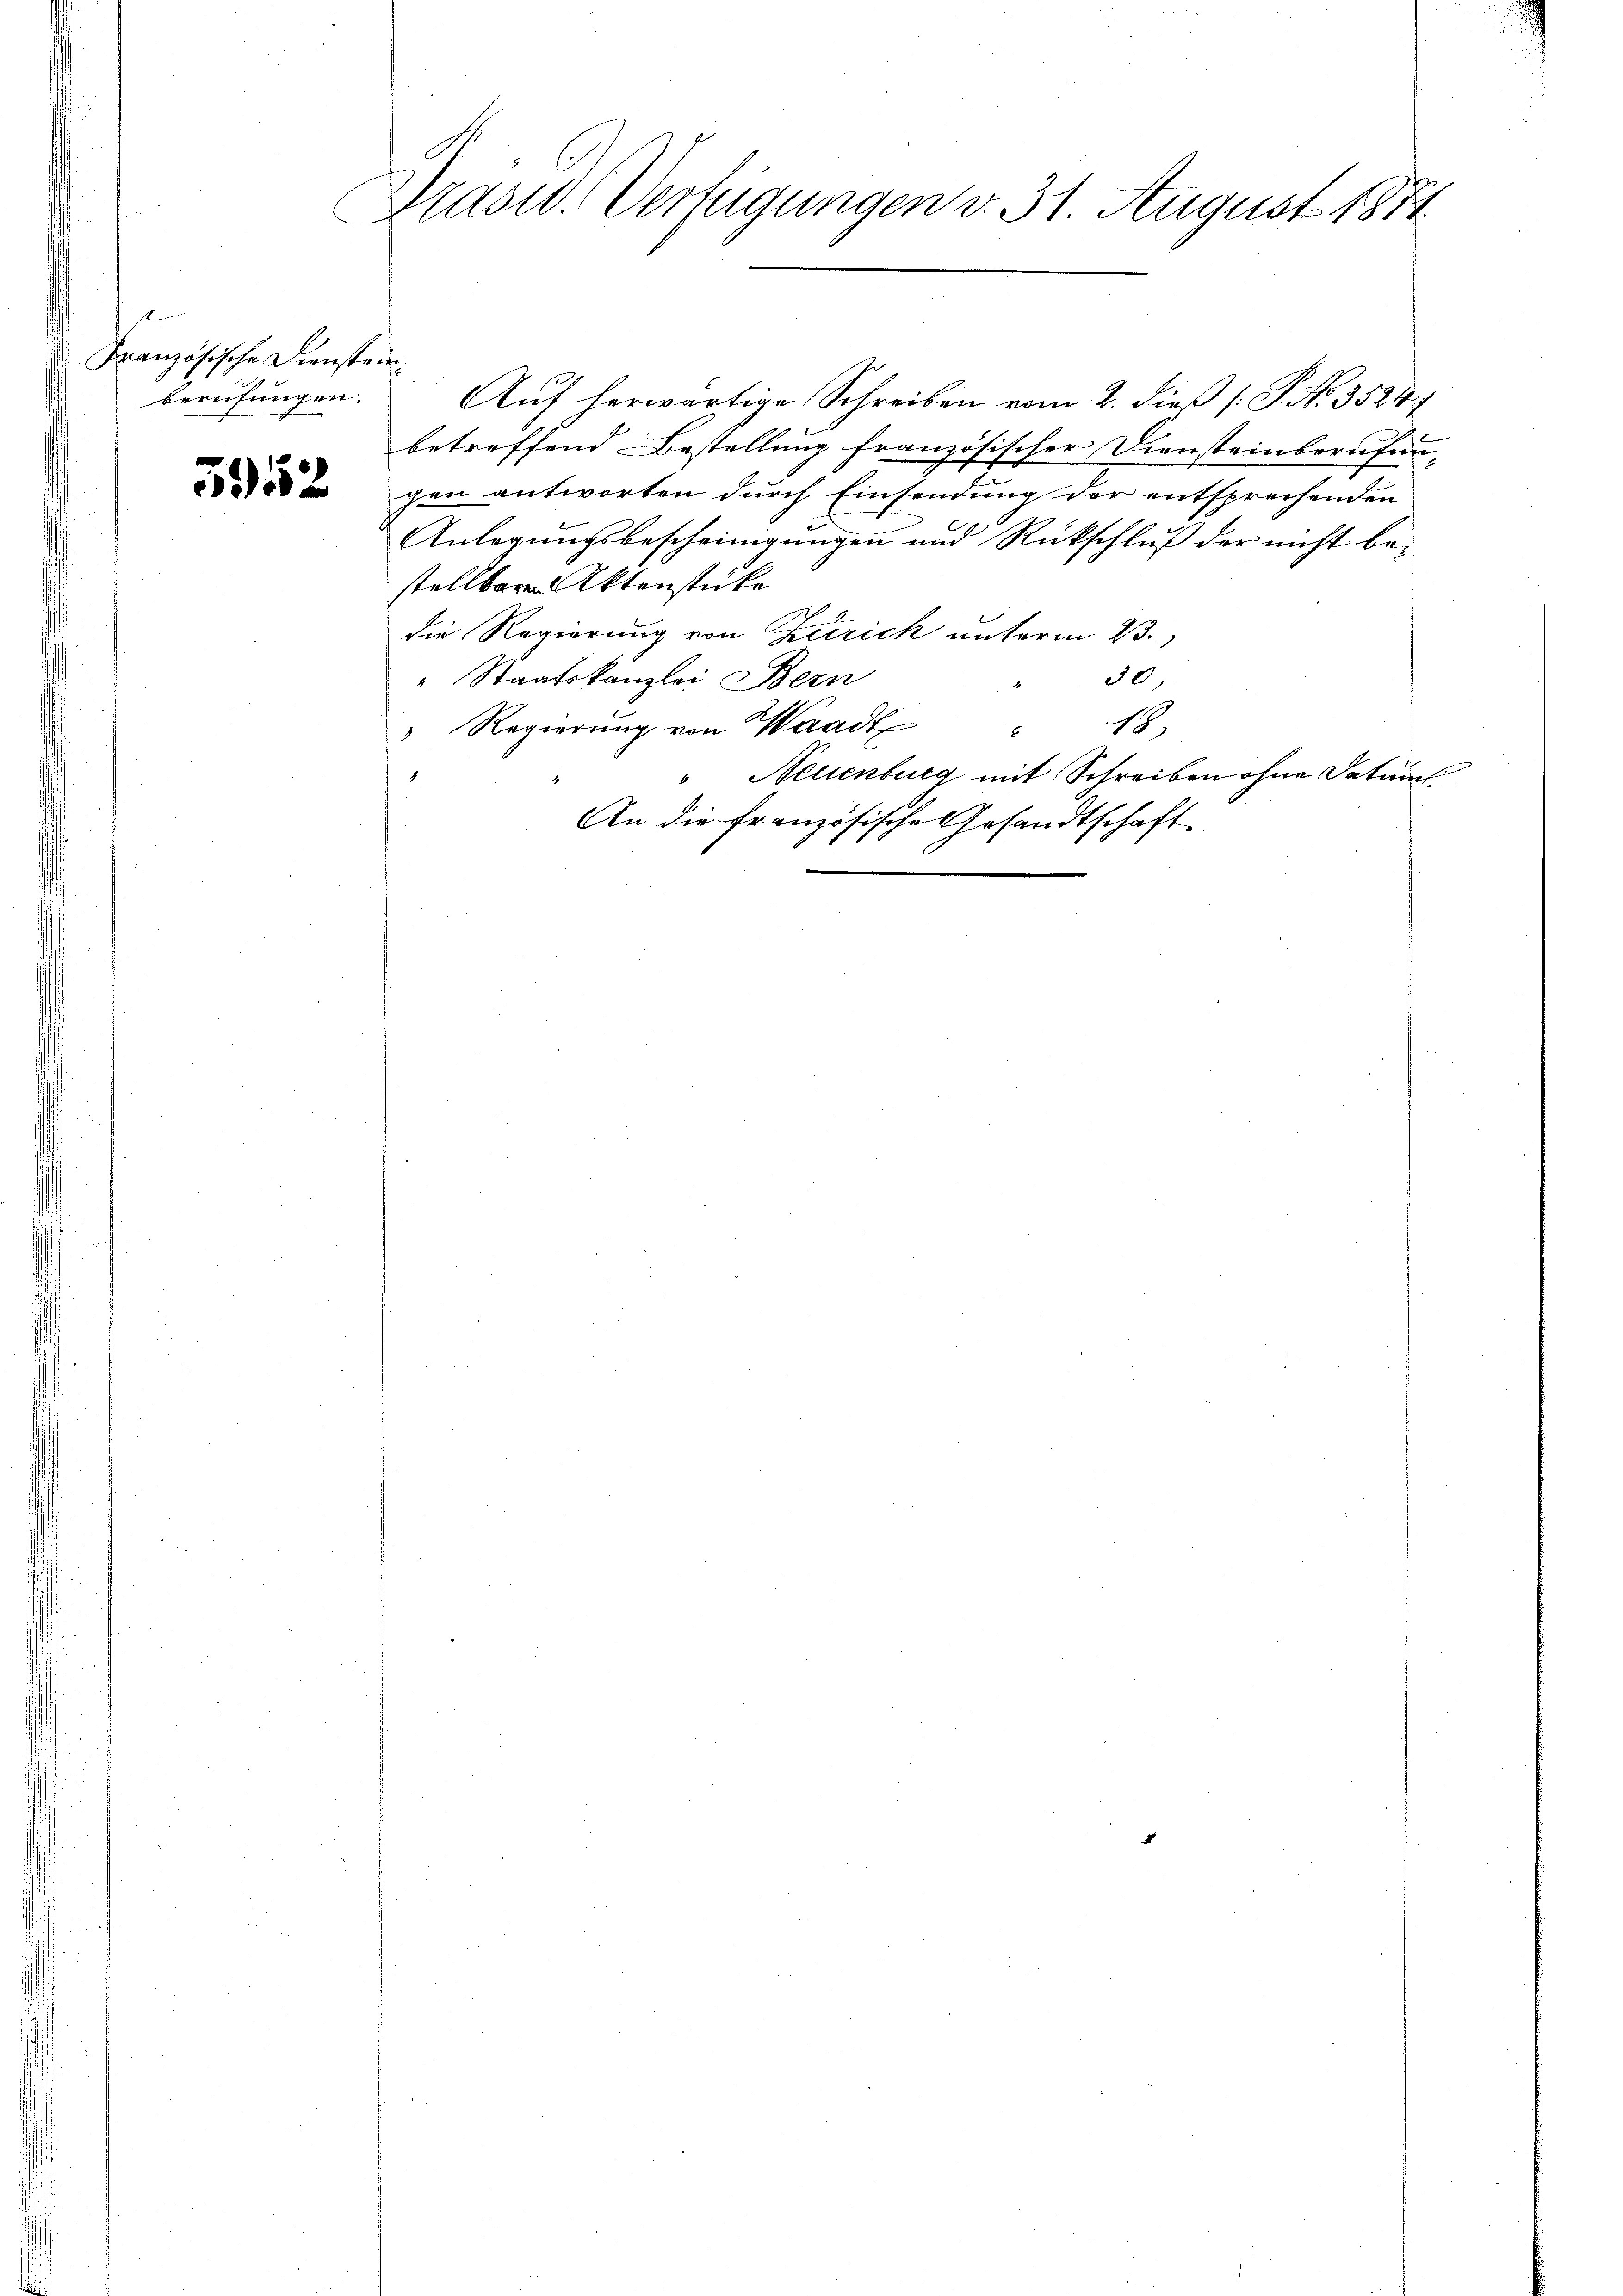
.
Französische Dienstein¬
Berufungen.

5952

Präsid. Verfügungen v. 31. August 1871.

Auf herwärtige Schreiben vom 2. dieß [S. No. 3524/
betreffend Bestellung französischer Diensteinberufun-
gen antworten durch Einsendung der entsprechenden
.
Anlegungsbescheinigungen und Rückschluß der nicht be-
stellbaren Aktenstücke
die Regierung von Zürich unterm 23.
30,
" Staatskanzlei Bern
" Regierŭng von Waadt " 48.
Neuenburg mit Schreiben ohne Datum
An die französische Gesandtschaft